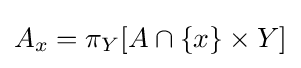
A_{x}=\pi _{Y}[A\cap \lbrace x\rbrace \times Y]